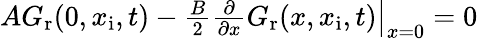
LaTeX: \begin{array}{r}{\left.AG_{\mathrm{r}}(0,x_{\mathrm{i}},t)-\frac{B}{2}\frac{\partial}{\partial x}G_{\mathrm{r}}(x,x_{\mathrm{i}},t)\right|_{x=0}=0}\end{array}